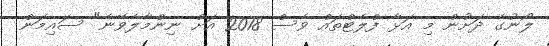
ލޯނުގެ ދަށުން މި އަޅާ ފްލެޓްތައް ވެސް 2018 އަށް ނިންމާލެވޭނެ" ސައިމަން